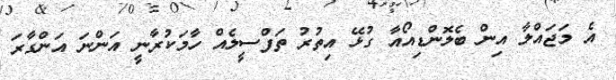
އެ މަޖައްލާ އިން ބެލޮންޑިއޯއާ ގުޅޭ އިތުރު ތަފްސީލެއް ހާމަކުރާނީ އަންނަ އަންގާރަ